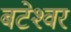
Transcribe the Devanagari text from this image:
बटेश्‍वर